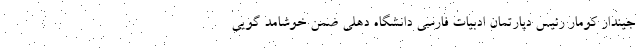
جیندار کومار رئیس دپارتمان ادبیات فارسی دانشگاه دهلی ضمن خوشامد گویی